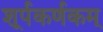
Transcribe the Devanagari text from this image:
शूर्पकर्णकम्